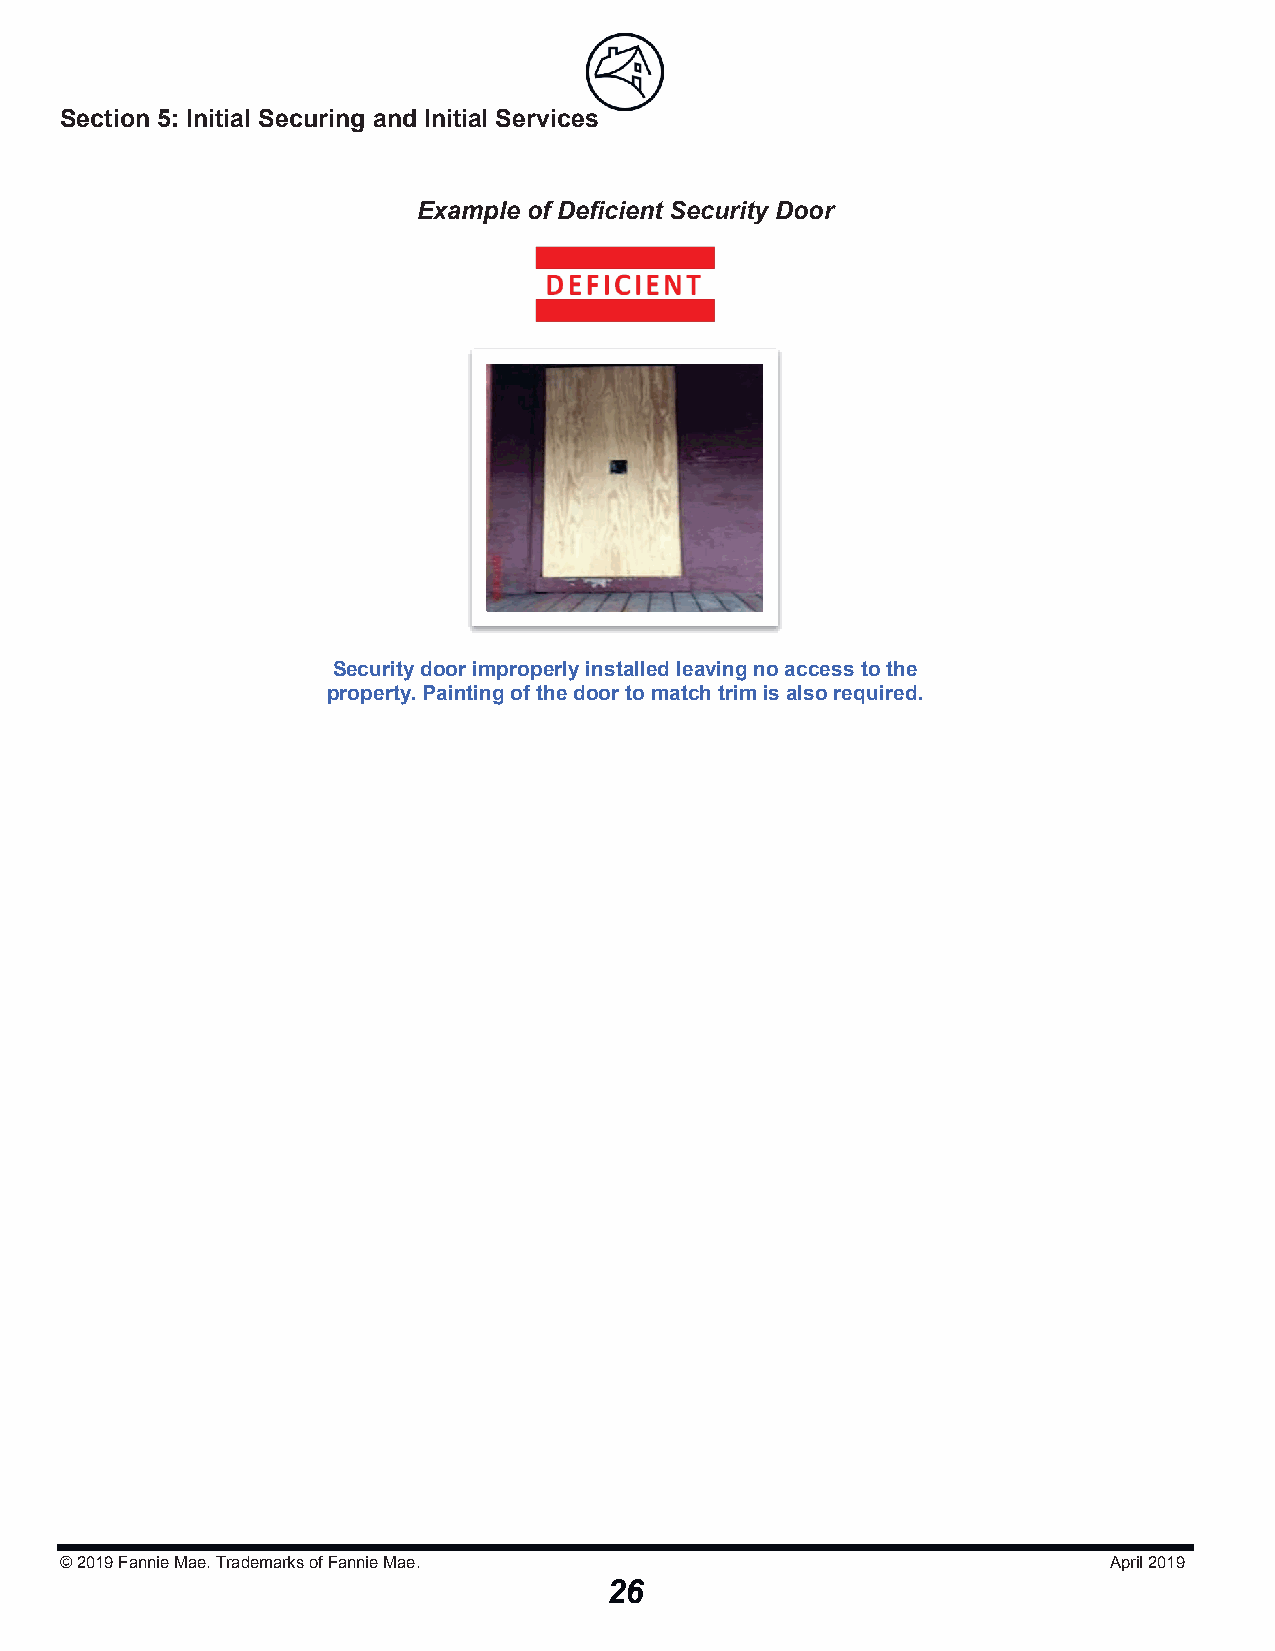
Section 5: Initial Securing and Initial Serviicceess
 Example of Deficient Security Door
 Security door improperly installed leavingno access to the
 property. Painting of the door to match trim is also required.
 © 2019Fannie Mae. Trademarks of Fannie Mae.                          April 2019
 26